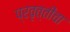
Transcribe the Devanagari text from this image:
प्रवृत्तींचा